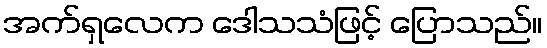
အက်ရှလေက ဒေါသသံဖြင့် ပြောသည်။